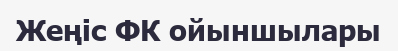
Жеңіс ФК ойыншылары